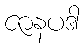
ဇာနပဒါ